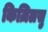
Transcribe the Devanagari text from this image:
किज़िलसु